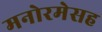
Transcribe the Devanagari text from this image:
मनोरमेसह